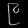
Digit: ၉